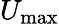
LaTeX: U_{\mathrm{max}}